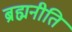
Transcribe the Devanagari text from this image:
ब्रह्मनीति